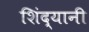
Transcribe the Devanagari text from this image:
शिंद्यानी